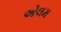
એલમ